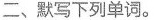
二、默写下列单词。